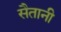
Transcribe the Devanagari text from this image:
सैतानी